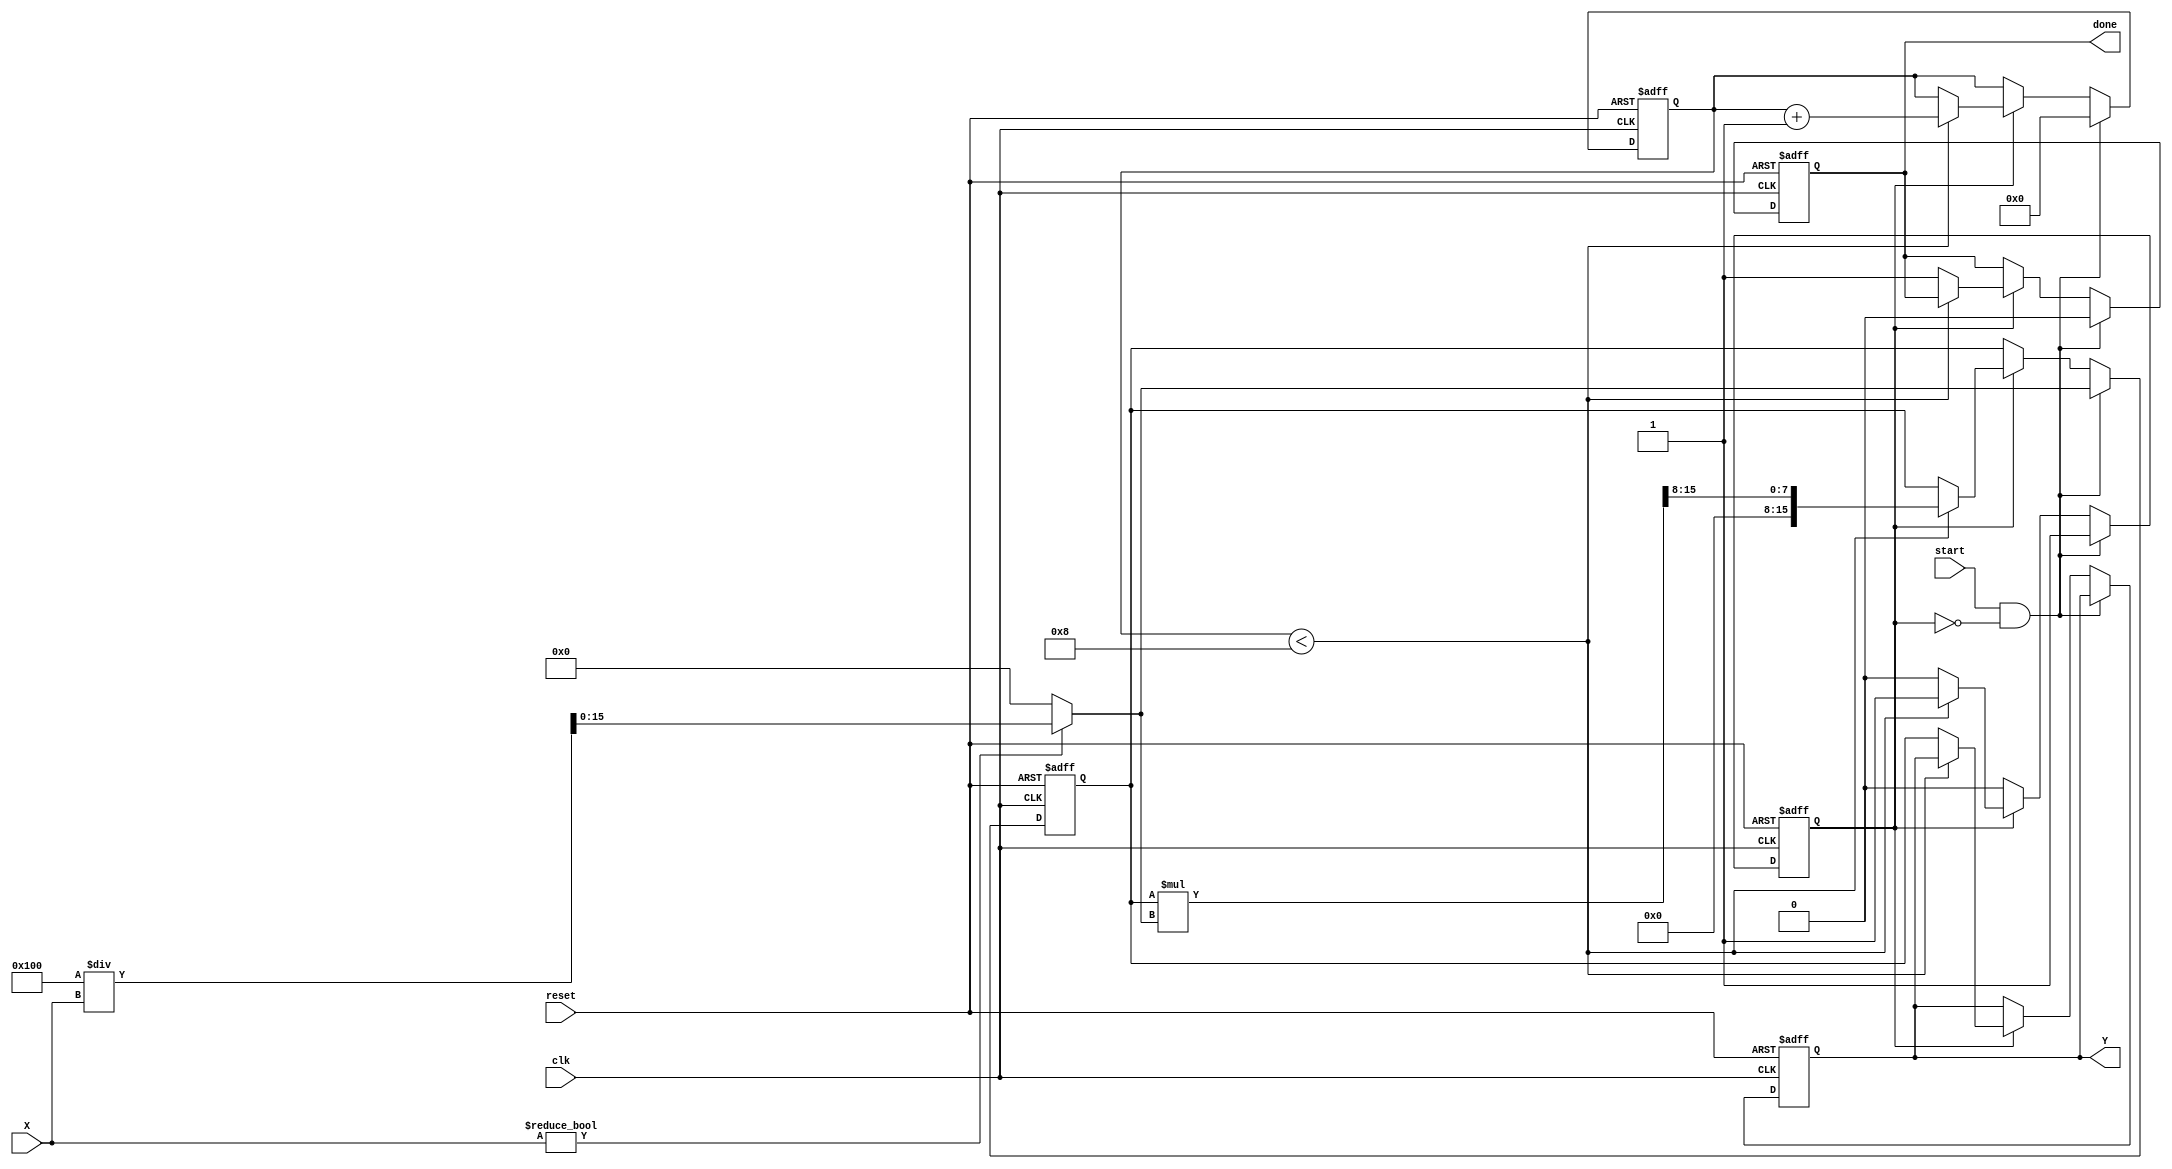
module fixed_point_reciprocal #(
    parameter N = 16, // Bit-width of input X
    parameter M = 16, // Bit-width of output Y
    parameter FRACTIONAL_BITS = 8, // Number of fractional bits
    parameter MAX_ITERATIONS = 8 // Maximum iterations for convergence
)(
    input wire clk,
    input wire reset,
    input wire [N-1:0] X, // Input fixed-point number
    input wire start, // Signal to start computation
    output reg [M-1:0] Y, // Output fixed-point reciprocal
    output reg done // Signal indicating computation is complete
);

    reg [N-1:0] x_reg; // Register to hold input value
    reg [M-1:0] approx; // Current approximation of reciprocal
    reg [3:0] iteration; // Iteration counter
    reg busy; // Flag to indicate ongoing computation

    // Internal signals for multiplication
    wire [M-1:0] product;
    wire [M-1:0] multiplier;

    // Fixed-point multiplier
    assign product = (approx * multiplier) >> FRACTIONAL_BITS; // Adjust for fixed-point

    // Initial guess for the reciprocal
    always @(*) begin
        if (X != 0) begin
            multiplier = (1 << FRACTIONAL_BITS) / X; // Initial guess
        end else begin
            multiplier = 0; // Handle division by zero
        end
    end

    always @(posedge clk or posedge reset) begin
        if (reset) begin
            Y <= 0;
            done <= 0;
            busy <= 0;
            iteration <= 0;
            approx <= 0;
        end else begin
            if (start && !busy) begin
                busy <= 1;
                iteration <= 0;
                x_reg <= X;
                approx <= multiplier; // Set initial guess
                done <= 0;
            end else if (busy) begin
                if (iteration < MAX_ITERATIONS) begin
                    approx <= product; // Update approximation
                    iteration <= iteration + 1;
                end else begin
                    Y <= approx; // Final output
                    done <= 1; // Indicate completion
                    busy <= 0; // Clear busy flag
                end
            end
        end
    end
endmodule